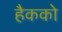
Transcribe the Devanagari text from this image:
हैकको